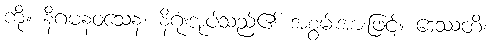
ကို။ နိဂမနဝသေန၊ နိဂုံးအုပ်သည်၏ အစွမ်းအားဖြင့်။ ဒေဿတိ၊